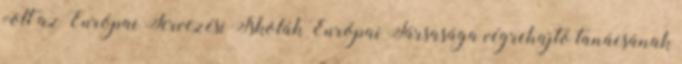
volt az Európai Tervezési Iskolák Európai Társasága végrehajtó tanácsának